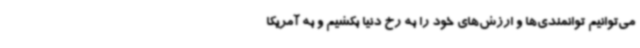
می‌توانیم توانمندی‌ها و ارزش‌های خود را به رخ دنیا بکشیم و به آمریکا